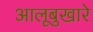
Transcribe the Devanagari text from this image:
आलूबुखारे